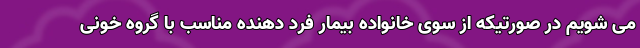
می شویم در صورتیکه از سوی خانواده بیمار فرد دهنده مناسب با گروه خونی